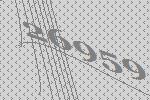
26959